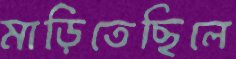
মাড়িতেছিলে